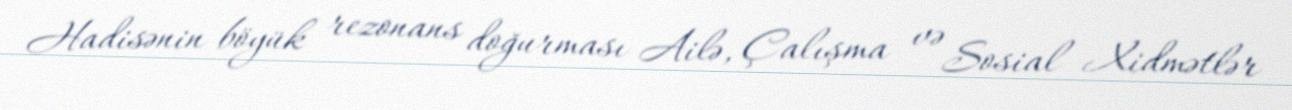
Hadisənin böyük rezonans doğurması Ailə, Çalışma və Sosial Xidmətlər